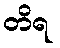
တိရ